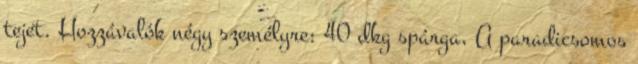
tejet. Hozzávalók négy személyre: 40 dkg spárga, A paradicsomos